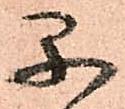
早